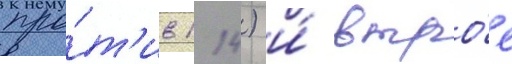
про́т'ив 114) и́ втро́е